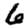
Digit: 6